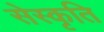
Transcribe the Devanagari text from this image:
सेस्कृति